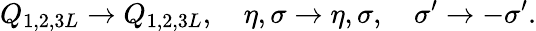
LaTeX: Q_{1,2,3L}\to Q_{1,2,3L},\quad\eta,\sigma\to\eta,\sigma,\quad\sigma^{\prime}\to-\sigma^{\prime}.